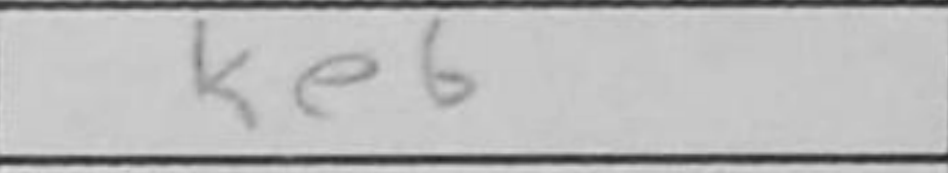
Transcription: Ke6